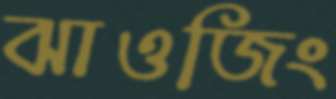
ঝাওজিং